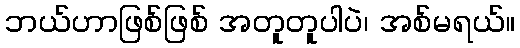
ဘယ်ဟာဖြစ်ဖြစ် အတူတူပါပဲ၊ အစ်မရယ်။